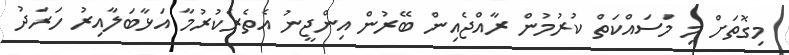
މިގޮތަށް މި މަސައްކަތް ކުރުމުން ރާއްޖެއިން ބޭރުން އިންޖީނު އެތެރެކުރުމާ އަޅާބަލާއިރު ހަރަދު